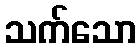
သက်သော